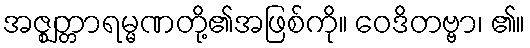
အဇ္ဈတ္တာရမ္မဏတို့၏အဖြစ်ကို။ ဝေဒိတဗ္ဗာ၊ ၏။